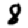
Digit: 8